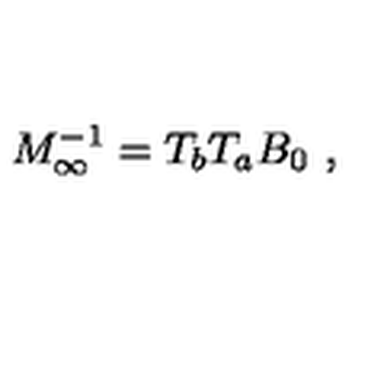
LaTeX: M _ { \infty } ^ { - 1 } = T _ { b } T _ { a } B _ { 0 } \ ,